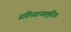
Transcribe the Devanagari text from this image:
प्रतिध्वानप्रमुदितः